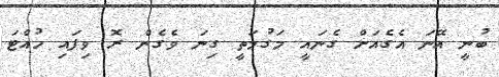
ބުނީ އޭނަ އެގެއަށް ގެނައީ މަގުމަތީ ގިނަ ވެގެން ރޮ ވިފައި ހުއްޓަ